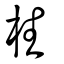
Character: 栍